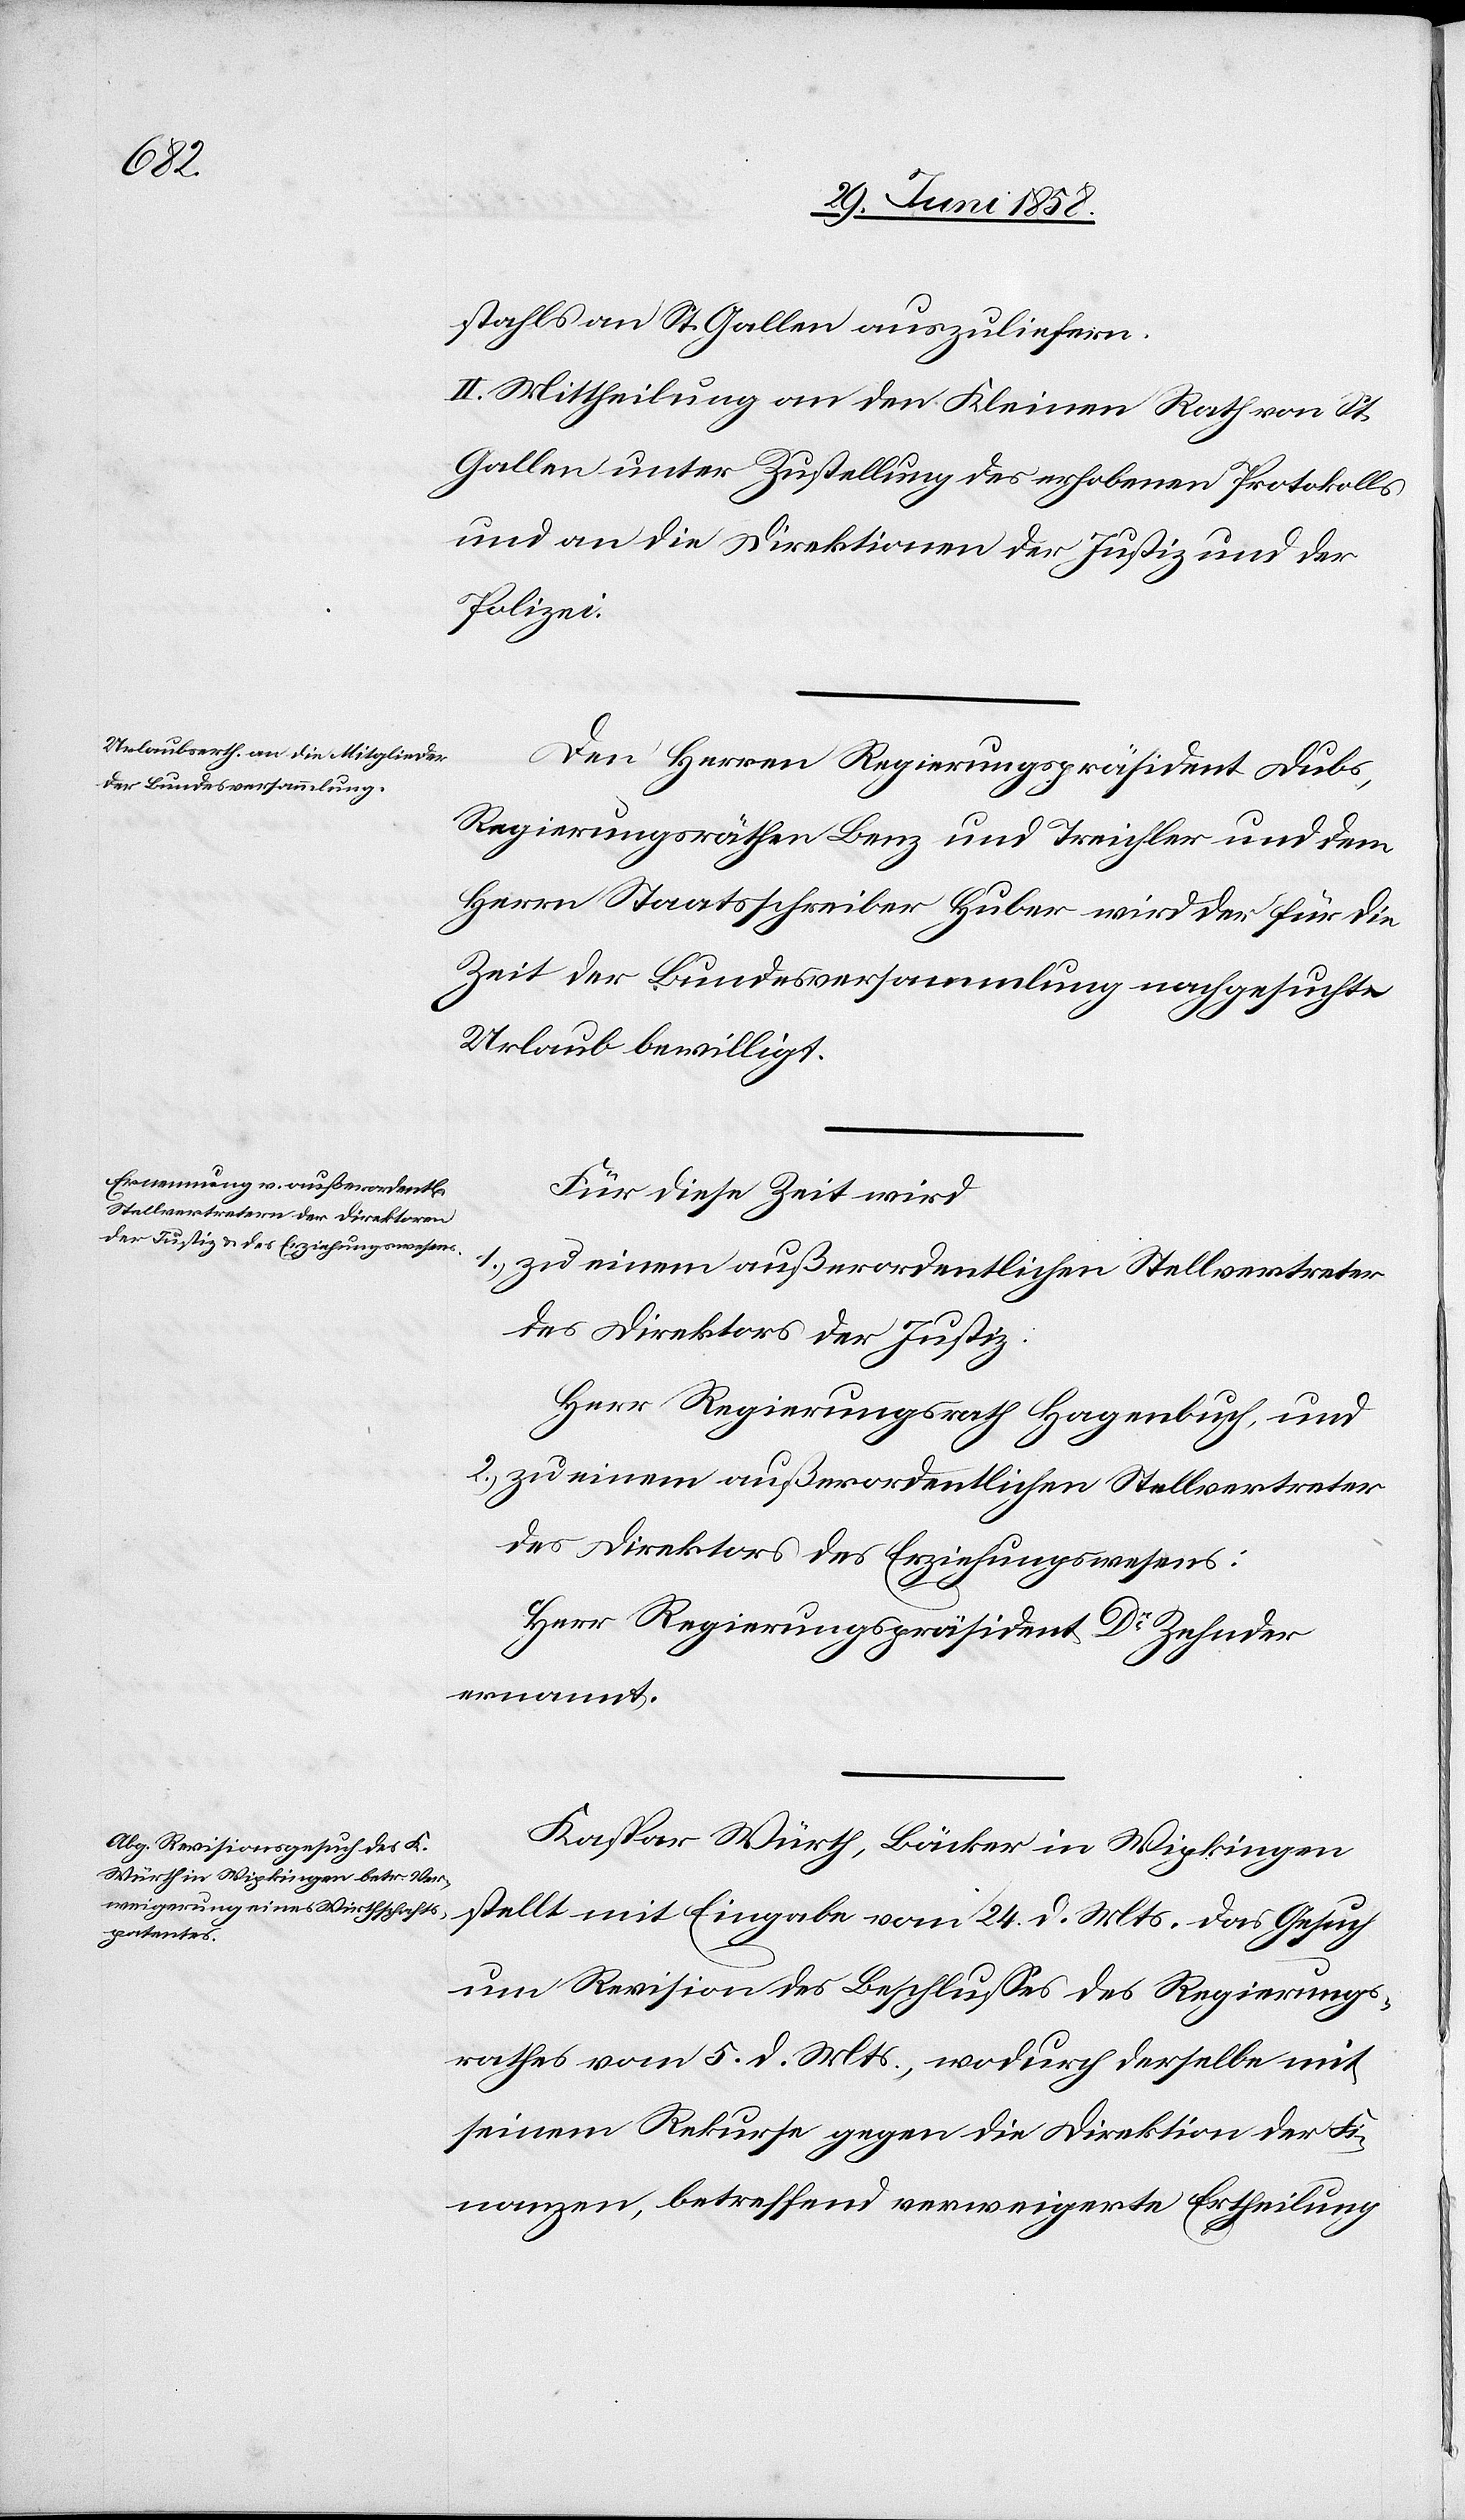
stahls an St. Gallen auszuliefern.
II. Mittheilung an den Kleinen Rath von St.
Gallen unter Zustellung des erhobenen Protokolls
und an die Direktionen der Justiz und der
Polizei.
Den Herren Regierungspräsident Dubs,
Regierungsräthen Benz und Treichler und dem
Herrn Staatsschreiber Huber wird der für die
Zeit der Bundesversammlung nachgesuchte
Urlaub bewilligt.
Für diese Zeit wird
1.) zu einem außerordentlichen Stellvertreter
des Direktors der Justiz:
Herr Regierungsrath Hagenbuch, und
2.) zu einem außerordentlichen Stellvertreter
des Direktors des Erziehungswesens:
Herr Regierungspräsident Dr Zehnder
ernannt.
Kaspar Würth, Bäcker in Wipkingen
stellt mit Eingabe vom 24. d. Mts. das Gesuch
um Revision des Beschlusses des Regierungs¬
rathes vom 5. d. Mts., wodurch derselbe mit
seinem Rekurse gegen die Direktion der Fi¬
nanzen, betreffend verweigerte Ertheilung